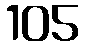
105